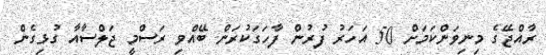
ރާއްޖޭގެ މިނިވަންކަމަށް 50 އަހަރު ފުރުން ފާހަގަކުރަން ބޭއްވި ރަސްމީ ޖަލްސާއާ ގުޅިގެން